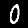
Digit: 0